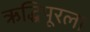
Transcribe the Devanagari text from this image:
ऋद्धिपूरला